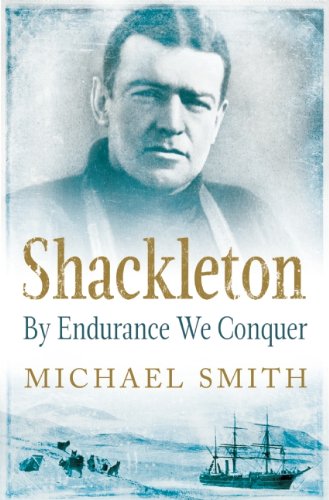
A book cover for Shackleton: By Endurance We Conquer; Michael Smith; History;